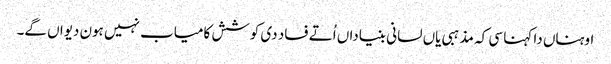
اوہناں دا کہنا سی کہ مذہبی یاں لسانی بنیاداں اُتے فساد دی کوشش کامیاب نہیں ہون دیواں گے۔